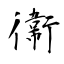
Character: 衞